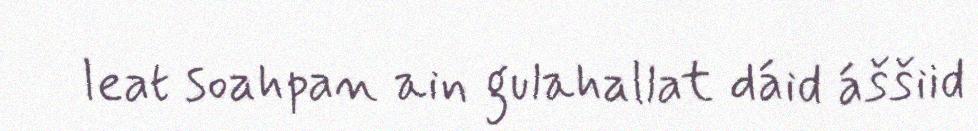
leat soahpan ain gulahallat dáid áššiid